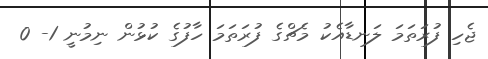
ޖެހި ފުރަތަމަ ލަނޑާއެކު މެޗްގެ ފުރަތަމަ ހާފުގެ ކުޅުން ނިމުނީ 1- 0